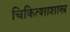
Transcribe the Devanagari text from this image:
चिकित्शाशास्त्र